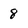
Character: 8